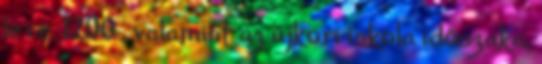
le i.e. 1200 , valamint az újkori iskola időszaka,